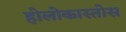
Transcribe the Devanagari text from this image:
होलोकास्तोस